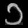
Digit: ၁